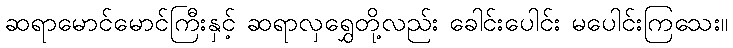
ဆရာမောင်မောင်ကြီးနှင့် ဆရာလှရွှေတို့လည်း ခေါင်းပေါင်း မပေါင်းကြသေး။